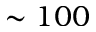
\sim 1 0 0